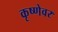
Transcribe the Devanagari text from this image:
कृष्णेवर